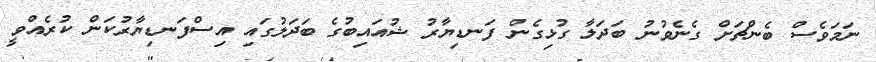
ނަމަވެސް ބެންޗަށް ގެނެވުނު ބަދަލާ ގުޅިގެން ފަނޑިޔާރު ޝުއައިބުގެ ބަދަލުގައި އިސްފަނޑިޔާރުކަން ކުރެއްވީ